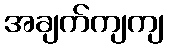
အချက်ကျကျ